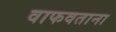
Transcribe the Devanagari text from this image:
वाफवताना